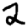
Digit: 2